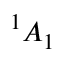
{ } ^ { 1 } A _ { 1 }